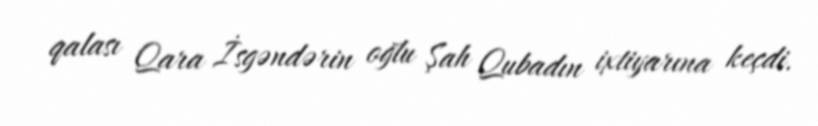
qalası Qara İsgəndərin oğlu Şah Qubadın ixtiyarına keçdi.